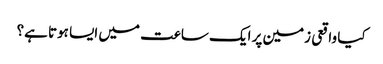
کیا واقعی زمین پر ایک ساعت میں ایسا ہوتا ہے؟